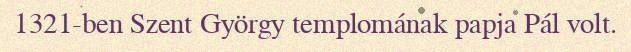
1321-ben Szent György templomának papja Pál volt.